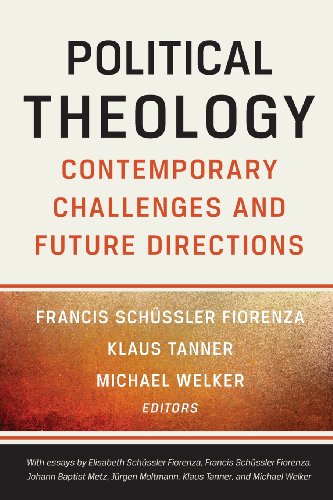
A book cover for Political Theology: Contemporary Challenges and Future Directions; Christian Books & Bibles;